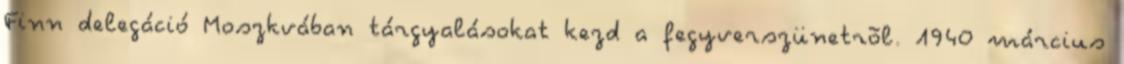
Finn delegáció Moszkvában tárgyalásokat kezd a fegyverszünetrõl. 1940 március